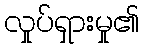
လှုပ်ရှားမှု၏